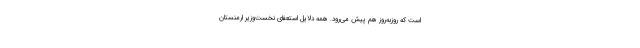
است که روزبه‌روز هم پیش می‌رود. همه دلایل استعفای نخست‌وزیر ارمنستان